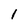
Character: 1